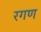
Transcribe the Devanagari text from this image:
रगण